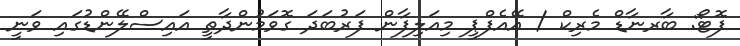
ފޮޓޯ: ބާރނާޑް މެރިކް / އޭއެފްޕީ މިއަލިފާން ފަރުބަދަ ގޮވަމުންދާތީ އައިސްލޭންޑުގައި ވަނީ